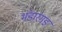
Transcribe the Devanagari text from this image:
भंडारगड